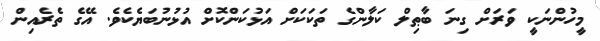
މީހުންނަކީ ވަރަށް ގިނަ ބާޠިލް ކަލާންގެ ތަކަކަށް އަޅުކަންކޮށް އުޅުނުބަޔެކެވެ. އޭގެ ތެރެއިން